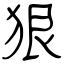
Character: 狠